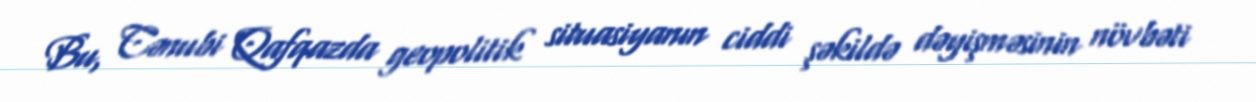
Bu, Cənubi Qafqazda geopolitik situasiyanın ciddi şəkildə dəyişməsinin növbəti